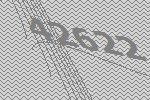
42622